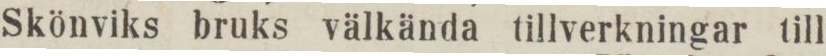
Skönviks bruks välkända tillverkningar till